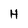
Character: H